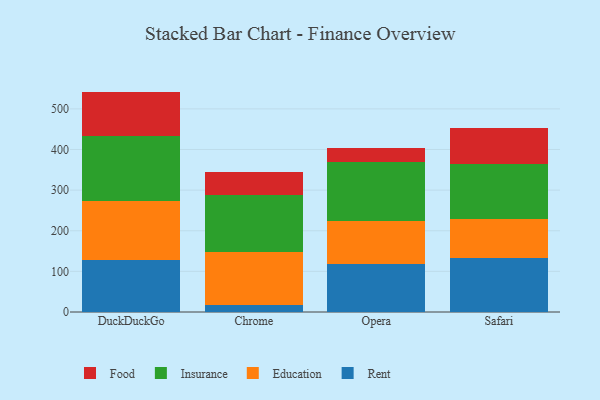
{"axis": {"x": "Browser", "y": "Page Views"}, "legend": ["Education", "Food", "Insurance", "Rent"], "data": [{"x": "DuckDuckGo", "y": 129.1, "type": "Rent"}, {"x": "DuckDuckGo", "y": 145.1, "type": "Education"}, {"x": "DuckDuckGo", "y": 158.9, "type": "Insurance"}, {"x": "DuckDuckGo", "y": 109.4, "type": "Food"}, {"x": "Chrome", "y": 17.3, "type": "Rent"}, {"x": "Chrome", "y": 130.6, "type": "Education"}, {"x": "Chrome", "y": 140.2, "type": "Insurance"}, {"x": "Chrome", "y": 57.2, "type": "Food"}, {"x": "Opera", "y": 117.5, "type": "Rent"}, {"x": "Opera", "y": 106.4, "type": "Education"}, {"x": "Opera", "y": 145.8, "type": "Insurance"}, {"x": "Opera", "y": 34.8, "type": "Food"}, {"x": "Safari", "y": 133.7, "type": "Rent"}, {"x": "Safari", "y": 95.5, "type": "Education"}, {"x": "Safari", "y": 134.5, "type": "Insurance"}, {"x": "Safari", "y": 88.1, "type": "Food"}]}